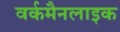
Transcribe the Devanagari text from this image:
वर्कमैनलाइक